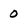
Character: 0